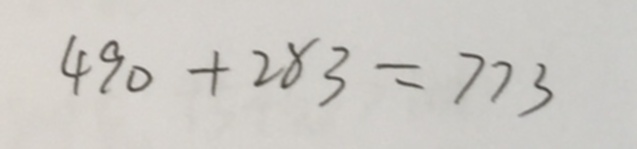
4 9 0 + 2 8 3 = 7 7 3